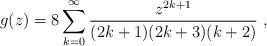
LaTeX: \begin{align*}g(z)=8\sum_{k=0}^{\infty}\frac{z^{2k+1}}{(2k+1)(2k+3)(k+2)}\ , \end{align*}